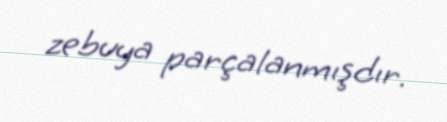
zebuya parçalanmışdır.